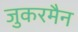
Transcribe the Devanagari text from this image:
जुकरमैन